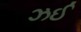
ઝઈ